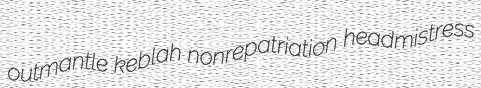
outmantle keblah nonrepatriation headmistress